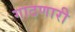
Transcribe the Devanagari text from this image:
गाठणारी